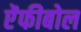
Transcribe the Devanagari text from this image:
ऐंफीबोल